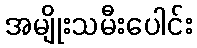
အမျိုးသမီးပေါင်း